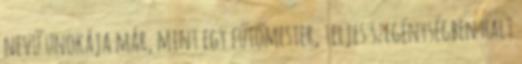
nevű unokája már, mint egy fűtőmester, teljes szegénységben halt